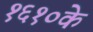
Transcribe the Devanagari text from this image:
१६१०के